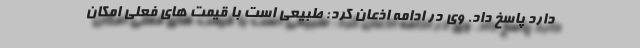
دارد پاسخ داد. وی در ادامه اذعان کرد: طبیعی است با قیمت های فعلی امکان